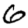
Digit: 6